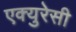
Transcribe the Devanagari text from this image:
एक्युरेसी